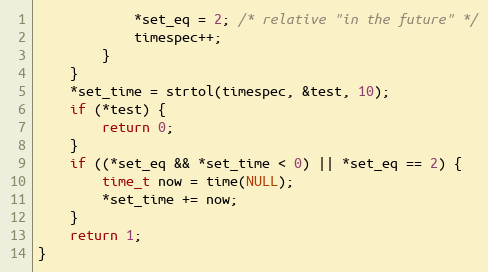
Language: C
			*set_eq = 2; /* relative "in the future" */
			timespec++;
		}
	}
	*set_time = strtol(timespec, &test, 10);
	if (*test) {
		return 0;
	}
	if ((*set_eq && *set_time < 0) || *set_eq == 2) {
		time_t now = time(NULL);
		*set_time += now;
	}
	return 1;
}